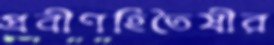
প্রবীণহিতৈষীর